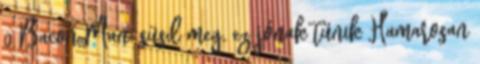
0 Bacon Man: süsd meg, ez jónak tűnik Hamarosan